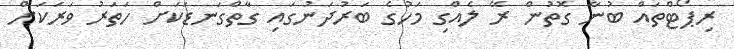
ރިޕޯޓްތައް ބުނާ ގޮތުން ރޭ ލެއްގި މަހުގެ ބަރުދަނުގައި ގާތްގަނޑަކަށް ހަތަރު ވަރަކަށް